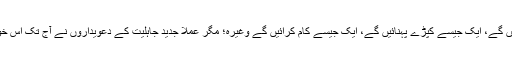
اس سب حقائق کے باوجود آپ بضد ہیں کہ دونوں کو ایک ساتھ رکھیں گے، ایک جیسی ذمہ داریاں دیں گے، ایک جیسے کپڑے پہنائیں گے، ایک جیسے کام کرائیں گے وغیرہ؛ مگر عملاً جدید جاہلیت کے دعویداروں نے آج تک اس خوشنما جال میں پھانس کر خواتین کے جسمانی، نفسیاتی، جنسی استحصال کو صرف بڑھاوا ہی دیا ہے۔